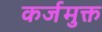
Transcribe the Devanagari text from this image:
कर्जमुक्त